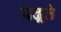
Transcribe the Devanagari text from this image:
पढ़्ते